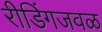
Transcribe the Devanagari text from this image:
रीडिंगजवळ